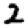
Digit: 2